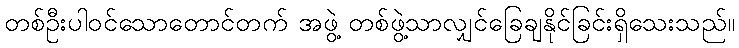
တစ်ဦးပါဝင်သောတောင်တက် အဖွဲ့ တစ်ဖွဲ့သာလျှင်ခြေချနိုင်ခြင်းရှိသေးသည်။